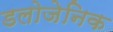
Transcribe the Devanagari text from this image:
डलोजेनिक